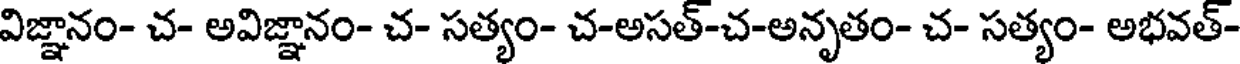
విజ్ఞానం- చ- అవిజ్ఞానం- చ- సత్యం- చ-అసత్-చ-అనృతం- చ- సత్యం- అభవత్-